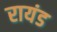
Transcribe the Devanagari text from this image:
रायंड